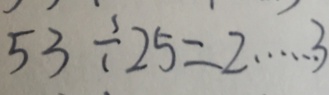
5 3 \div 2 5 = 2 \cdots 3